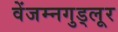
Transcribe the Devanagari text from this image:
वेंजम्नगुड्लूर